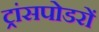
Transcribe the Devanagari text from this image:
ट्रांसपोडरों